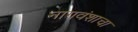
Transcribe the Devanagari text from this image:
नागवंशाचा